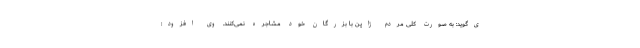
ی‌گوید: به صورت کلی مردم ژاپن با بزرگان خود مشاجره نمی‌کنند. وی افزود: